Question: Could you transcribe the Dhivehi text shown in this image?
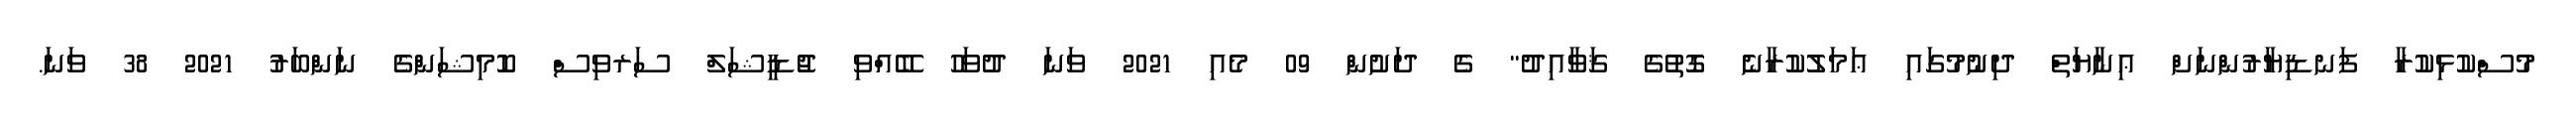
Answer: މުސްކުޅިކުރާ ފަނޑިޔާރުންނަށް ޢިނާޔަތް ދިނުމުގައި ޢަމަލުކުރާނެ ގޮތުގެ ޤަވާއިދު" ގެ ދަށުން 09 މެއި 2021 ވަނަ ދުވަހު ބޭއްވި ޖުޑީޝަލް ސަރވިސް ކޮމިޝަންގެ ނަންބަރު 2021 38 ވަނަ.